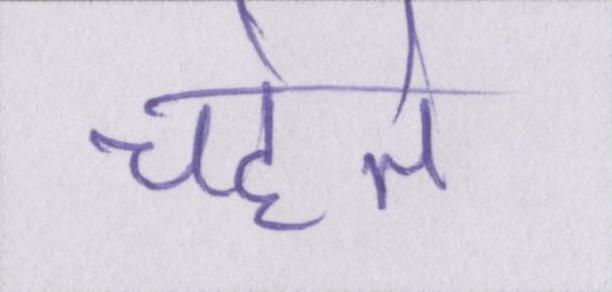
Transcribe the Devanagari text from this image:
चहेते